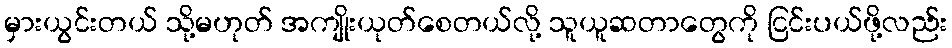
မှားယွင်းတယ် သို့မဟုတ် အကျိုးယုတ်စေတယ်လို့ သူယူဆတာတွေကို ငြင်းပယ်ဖို့လည်း